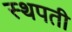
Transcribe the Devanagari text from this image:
स्थपती